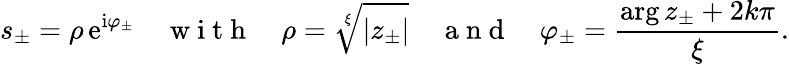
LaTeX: s_{\pm}=\rho\, \mathrm{e}^{\mathrm{i}\varphi_{\pm}}\quad\mathrm{~w~i~t~h~}\quad\rho=\sqrt[\xi]{\left\vert z_{\pm}\right\vert}\quad\mathrm{~a~n~d~}\quad\varphi_{\pm}=\frac{\arg z_{\pm}+2k\pi}{\xi}.